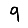
Digit: 9